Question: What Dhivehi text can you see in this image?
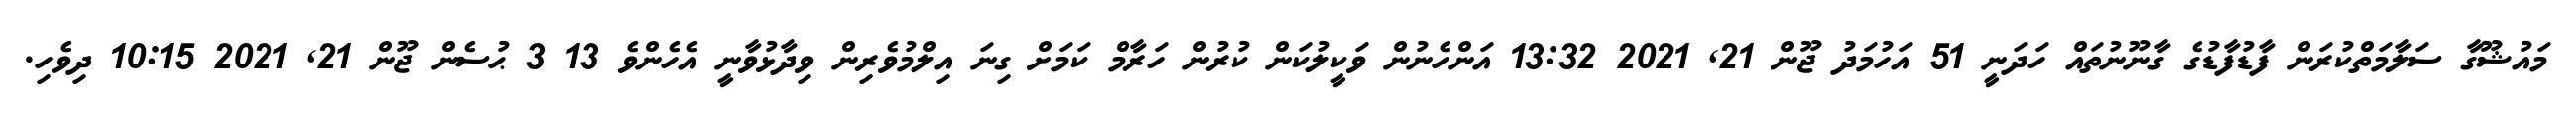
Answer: މައުޝޫގާ ސަލާމަތްކުރަން ފާޑުފާޑުގެ ގާނޫނުތައް ހަދަނީ 51 އަހުމަދު ޖޫން 21, 2021 13:32 އަންހެނުން ވަކީލުކަން ކުރުން ހަރާމް ކަމަށް ގިނަ އިލްމުވެރިން ވިދާޅުވާނީ އެހެންވެ 13 3 ޙުސެން ޖޫން 21, 2021 10:15 ދިވެހި.